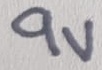
Text: 9V